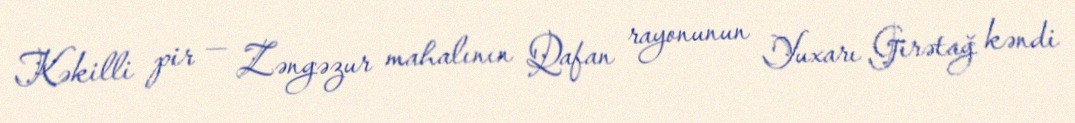
Kəkilli pir — Zəngəzur mahalının Qafan rayonunun Yuxarı Girətağ kəndi